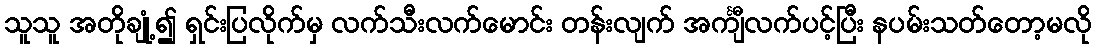
သူသူ အတိုချုံ့၍ ရှင်းပြလိုက်မှ လက်သီးလက်မောင်း တန်းလျက် အင်္ကျီလက်ပင့်ပြီး နပမ်းသတ်တော့မလို